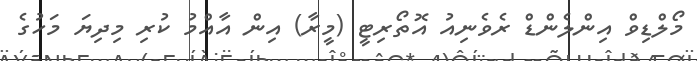
މޯލްޑިވް އިންލެންޑް ރެވެނިއު އޮތޯރިޓީ (މީރާ) އިން އާއްމު ކުރި މިދިޔަ މަހުގެ